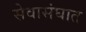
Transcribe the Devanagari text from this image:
सेवासंघात